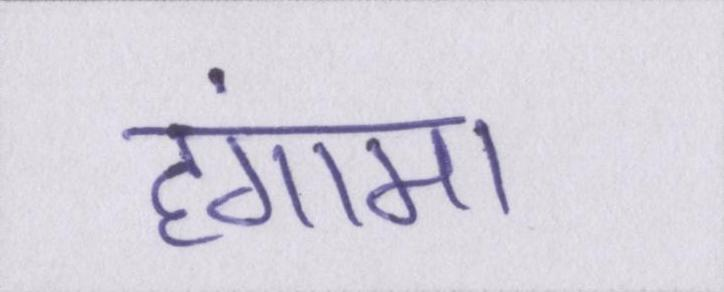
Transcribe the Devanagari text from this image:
हंगामा